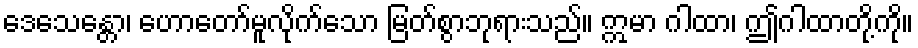
ဒေသေန္တော၊ ဟောတော်မူလိုက်သော မြတ်စွာဘုရားသည်။ ဣမာ ဂါထာ၊ ဤဂါထာတို့ကို။